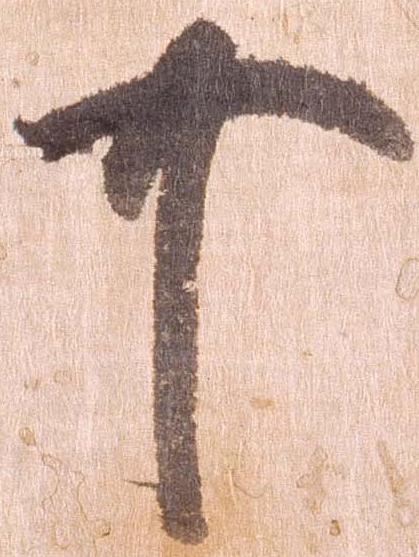
可